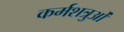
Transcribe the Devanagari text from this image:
कर्मशत्रुओं